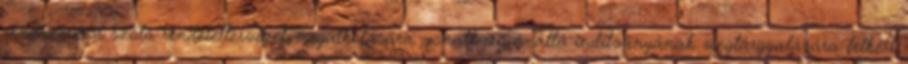
rendszeréről szóló rendelettervezet megalkotására vonatkozó önálló indítványának megtárgyalására felkéri